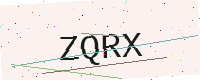
Text: ZQRX